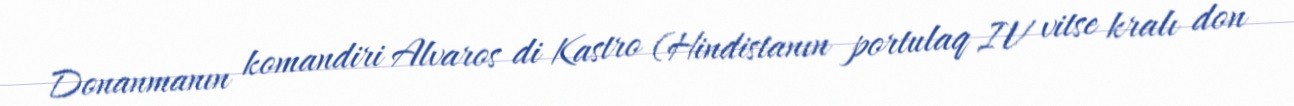
Donanmanın komandiri Alvaros di Kastro (Hindistanın portulaq IV vitse kralı don